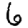
Digit: 6